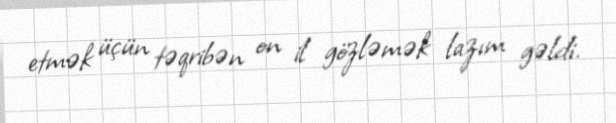
etmək üçün təqribən on il gözləmək lazım gəldi.